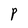
Character: P